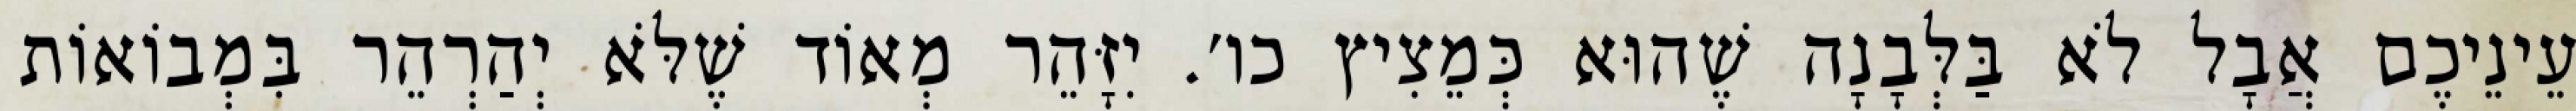
עֵינֵיכֶם אֲבָל לֹא בַּלְּבָנָה שֶׁהוּא כְּמֵצִיץ כו׳. יִזָּהֵר מְאוֹד שֶׁלֹּא יְהַרְהֵר בִּמְבוֹאוֹת